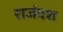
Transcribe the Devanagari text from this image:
राजंवश